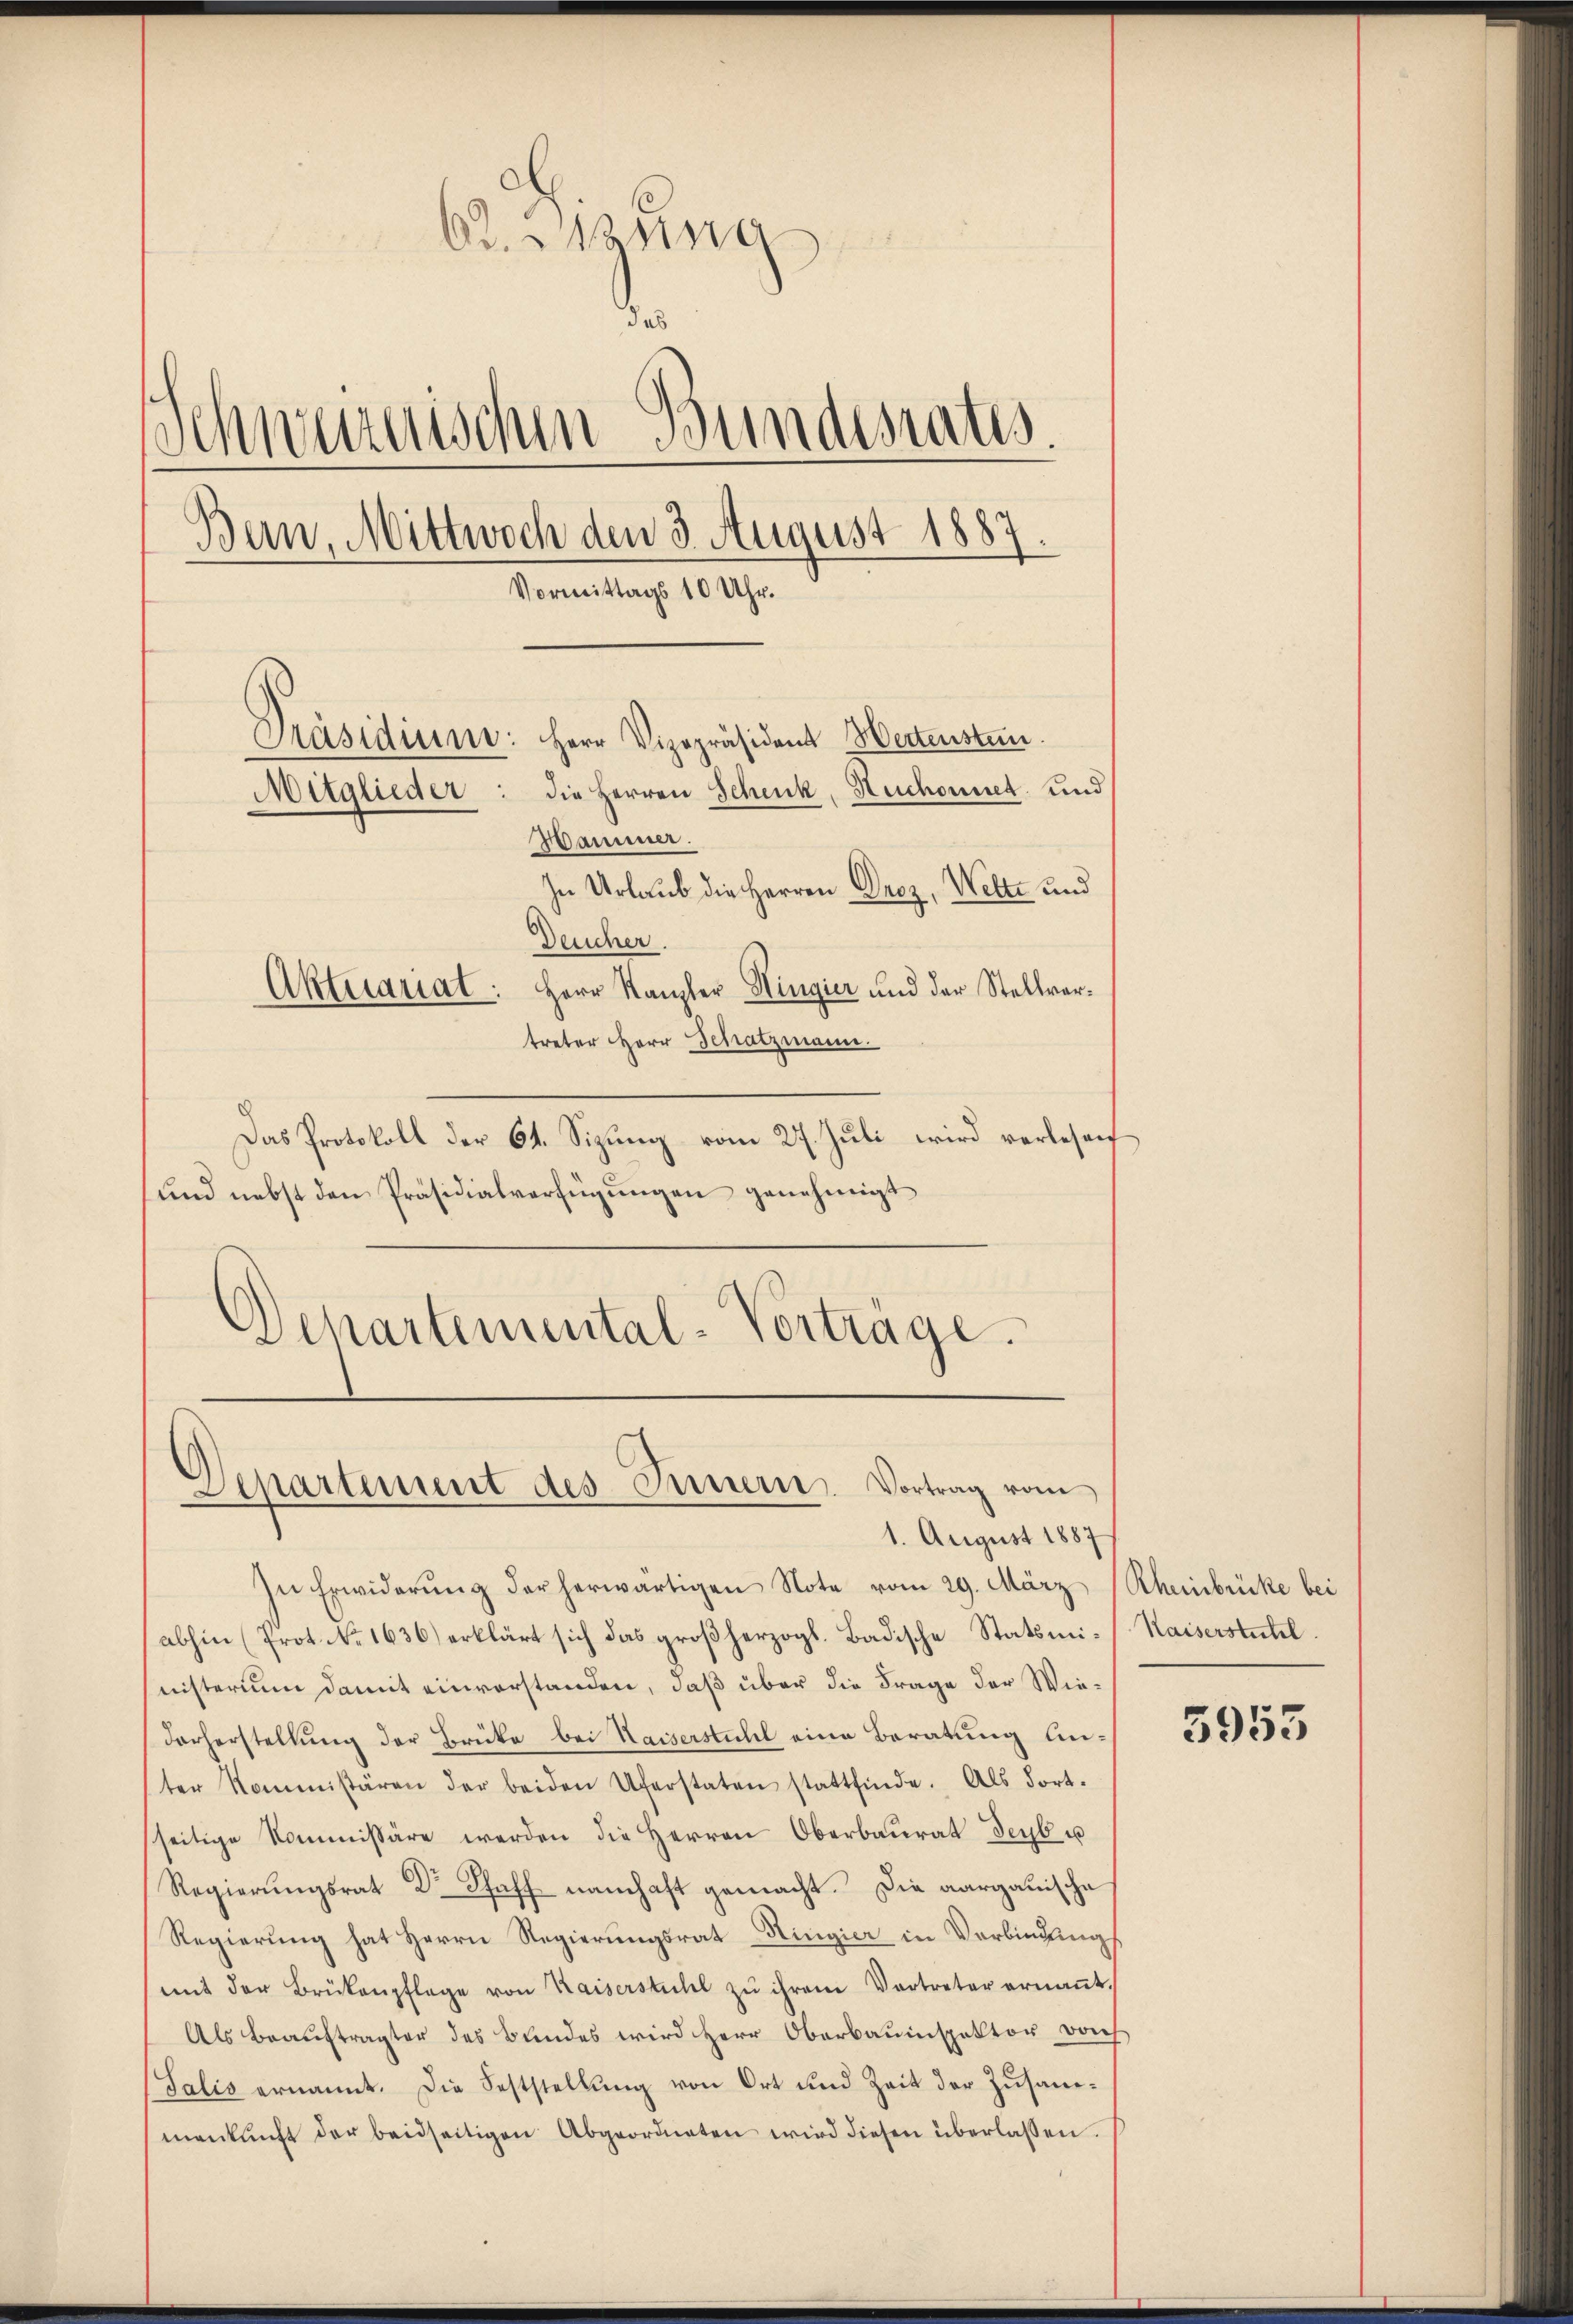
Ad. Kasing
d
Schweizerischen Bundesrates
Ban, Mittwoch den 3. August 1887.
Vormittags 10 Uhr.
Präsidium: Herr Vizepräsident Hertensten.
Mitglieder: die Herren Schenk, Huchonnet und
Wammer.
In Urlaub die Herren Decz, Wette und

Deucher.
Aktuariat: Herr Kanzler Hingier und der Stellvertreter Herr Schatzmann.
Das Protokoll der 64. Sizung vom 27. Juli wird verlesen
und nebst den Präsidialverfügungen genehmigt
Departemental-Vortrage.

In Erwiderŭng der herwärtigen Note vom 29. März (Rheinbrücke bei
(abhin (Prot. No. 1636) erklärt sich das großherzogl. Badische Statsministerium damit einverstanden, daß über die Frage der Wiedorherstellung der Brücke bei Kaiserstuhl eine Beratung ein-
ter Kommissären der beiden Uferstaten stattfinde. Als dort.
seitige Kommissäre werden die Herren Oberbaurat deyb u
Regierungsrat Dr Staff namhaft gemacht. Die aargauische
Regierung hat Herrn Regierungsrat Ringier in Verbindung
mit der Brükenpflege von Kaiserstuhl zŭ ihrem Vertreter ernaṅt.
Als Beauftragter des Bundes wird Herr Oberbauinspektor doch
Salis ernannt. Die Feststellung von Ort und Zeit der Zusammankŭnft der beidseitigen Abgeordneten wird diesen überlassen.

)
Separtement des Innern. Vortrag vom
1. August 1887

Kaiserstitel.

5953